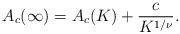
LaTeX: \begin{align*}A_c (\infty ) = A_c (K) + \frac{c}{K^{1/\nu}}.\end{align*}